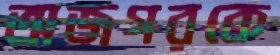
অজগরকে